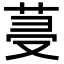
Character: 𦯈